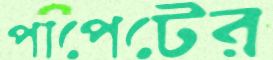
পাপেটের